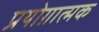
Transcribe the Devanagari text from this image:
प्रयोग़ात्मक